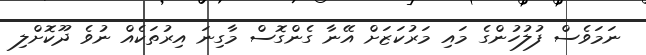
ނަމަވެސް ފުލުހުންގެ މައި މަރުކަޒަށް އޭނާ ގެންގޮސް މާގިނަ އިރުތަކެއް ނުވެ ދޫކޮށްލި